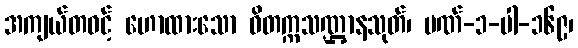
အကျယ်တဝင့် ဟောထားသော ဝိတက္ကသဏ္ဌာနသုတ်၊ ပဏ်-၁-ပါ-၁၆၉၊